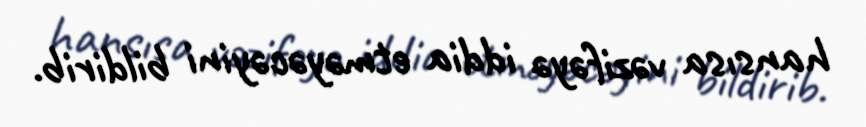
hansısa vəzifəyə iddia etməyəcəyini bildirib.